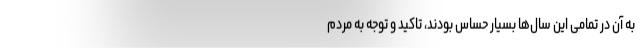
به آن در تمامی این سال‌ها بسیار حساس بودند، تاکید و توجه به مردم